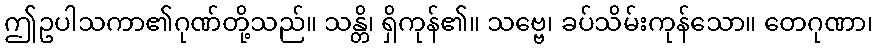
ဤဥပါသကာ၏ဂုဏ်တို့သည်။ သန္တိ၊ ရှိကုန်၏။ သဗ္ဗေ၊ ခပ်သိမ်းကုန်သော။ တေဂုဏာ၊